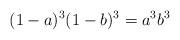
LaTeX: \begin{align*}(1-a)^3(1-b)^3=a^3 b^3\end{align*}